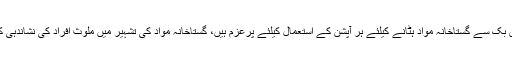
چوہدری نثار علی خان نے کہا کہ فیس بک سے گستاخانہ مواد ہٹانے کیلئے ہر آپشن کے استعمال کیلئے پرعزم ہیں، گستاخانہ مواد کی تشہیر میں ملوث افراد کی نشاندہی کیلئےحساس اداروں سے مدد لی جائے۔